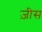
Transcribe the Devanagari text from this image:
ज़ीस